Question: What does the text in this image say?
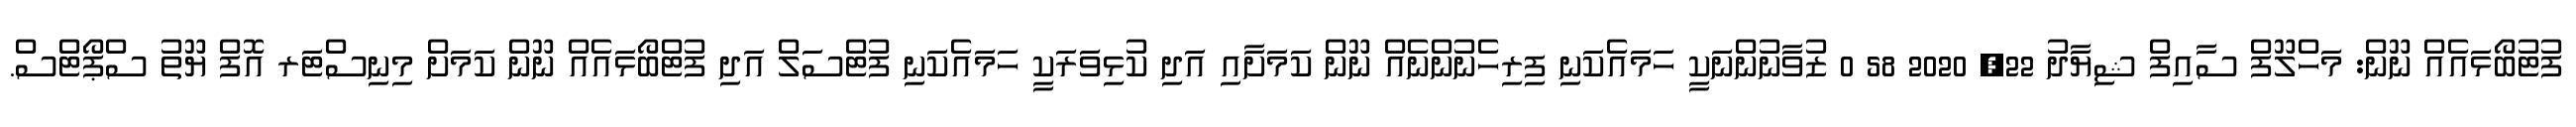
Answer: ފުޓުބޯޅައެއް ނޫން: މަހްލޫފް ސާއިފް ޝިޔާދު 22, 2020 58 0 ޒުވާނުންނަކީ ހަމައެކަނި ފިރިހެނުންނެއް ނޫން ކަމަށާއި އަދި ކުޅިވަރަކީ ހަމައެކަނި ފުޓްސަލް އަދި ފުޓްބޯޅައެއް ނޫން ކަމަށް މިނިސްޓަރ އޮފް ޔޫތު ސްޕޯޓްސް.